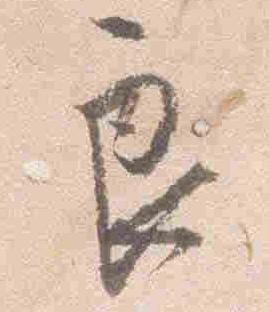
良